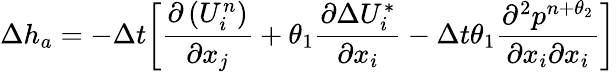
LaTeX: \Delta{{h}_{a}}=-\Delta t{{\left[\frac{\partial\left(U_{i}^{n}\right)}{\partial{{x}_{j}}}+{{\theta}_{1}}\frac{\partial\Delta U_{i}^{*}}{\partial{{x}_{i}}}-\Delta t{{\theta}_{1}}\frac{{{\partial}^{2}}{{p}^{n+{{\theta}_{2}}}}}{\partial{{x}_{i}}\partial{{x}_{i}}}\right]}}